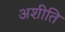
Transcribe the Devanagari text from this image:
अशीति